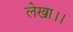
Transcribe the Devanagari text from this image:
लेखा।।